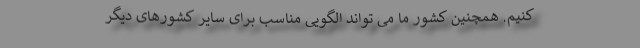
کنیم. همچنین کشور ما می تواند الگویی مناسب برای سایر کشورهای دیگر